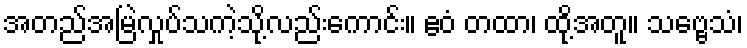
အတည်အမြဲလှုပ်သကဲ့သို့လည်းကောင်း။ ဧဝံ တထာ၊ ထို့အတူ။ သဗ္ဗေသံ၊